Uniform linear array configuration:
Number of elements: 32
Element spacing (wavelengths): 0.75
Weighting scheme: hamming
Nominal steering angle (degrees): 60
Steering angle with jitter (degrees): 58.319
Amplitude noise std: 0.05
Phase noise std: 0.05

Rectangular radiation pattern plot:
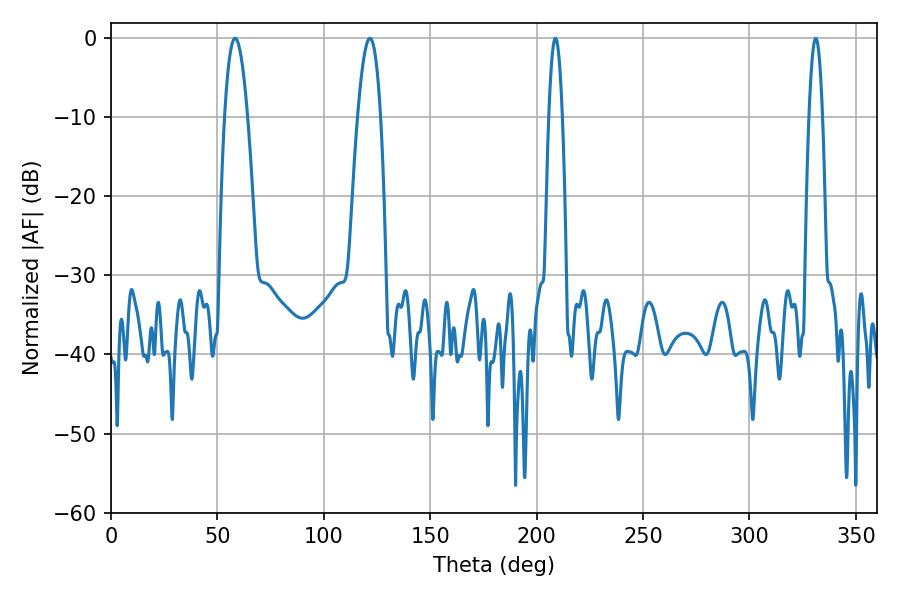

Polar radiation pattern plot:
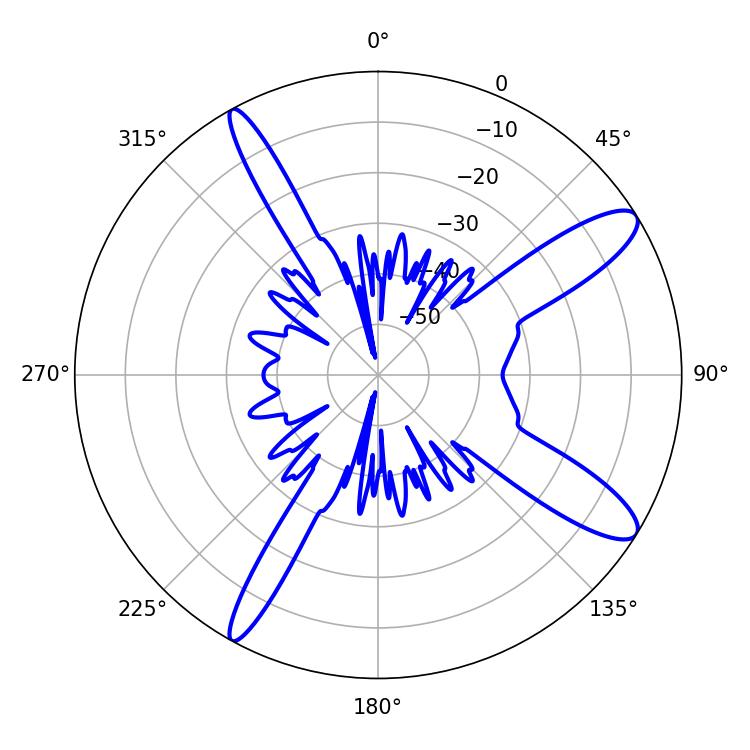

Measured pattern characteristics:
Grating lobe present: TRUE
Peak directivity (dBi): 11.973
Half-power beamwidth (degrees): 5.94
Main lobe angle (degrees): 121.68